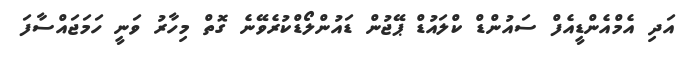
އަދި އެމްއެންޑީއެފް ސައުންޑް ކްލައުޑް ޕޭޖުން ޑައުންލޯޑްކުރެވޭނެ ގޮތް މިހާރު ވަނީ ހަމަޖައްސާފަ